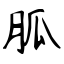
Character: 胍